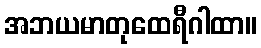
အဘယမာတုထေရီဂါထာ။